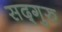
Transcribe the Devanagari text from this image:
सद्‍गुरु